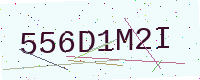
Text: 556D1M2I